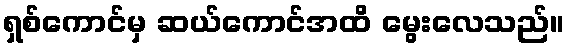
ရှစ်ကောင်မှ ဆယ်ကောင်အထိ မွေးလေသည်။